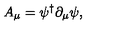
A _ { \mu } = \psi ^ { \dagger } \partial _ { \mu } \psi ,